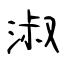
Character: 淑